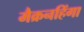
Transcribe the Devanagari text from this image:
मैक्रनहिंगा